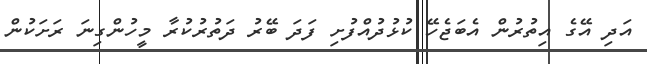
އަދި އޭގެ އިތުރުން އެބަޖެހޭ ކުޅުދުއްފުށި ފަދަ ބޭރު ދަތުރުކުރާ މީހުންގިނަ ރަށަކުން